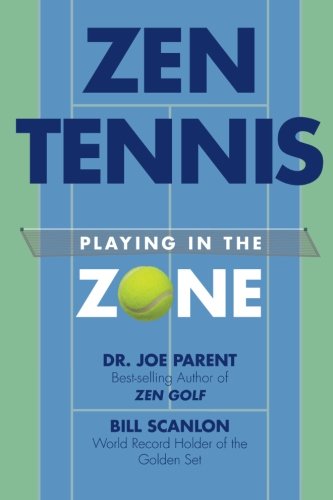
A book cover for Zen Tennis: Playing in the Zone; Dr. Joe Parent; Sports & Outdoors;